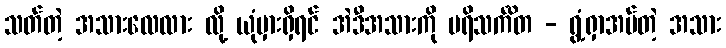
သတ်တဲ့ အသားလေလား လို့ ယုံမှားရှိရင် အဲဒီအသားကို ပရိသင်္ကိတ - ရွံ့ရှာအပ်တဲ့ အသား